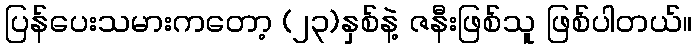
ပြန်ပေးသမားကတော့ (၂၃)နှစ်နဲ့ ဇနီးဖြစ်သူ ဖြစ်ပါတယ်။